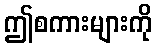
ဤစကားများကို